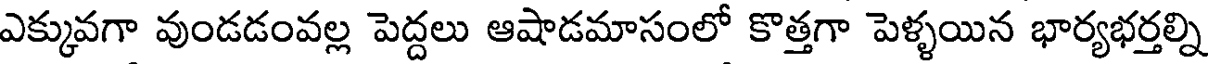
ఎక్కువగా వుండడంవల్ల పెద్దలు ఆషాడమాసంలో కొత్తగా పెళ్ళయిన భార్యభర్తల్ని